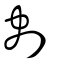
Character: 刔